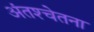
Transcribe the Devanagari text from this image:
अंतश्‍चेतना